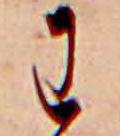
わ